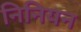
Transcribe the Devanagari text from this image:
निनियन